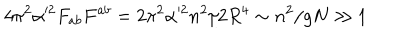
4 \pi ^ { 2 } \alpha ^ { 2 } F _ { a b } F ^ { a b } = 2 \pi ^ { 2 } \alpha ^ { 2 } n ^ { 2 } / 2 R ^ { 4 } \sim n ^ { 2 } / g N \gg 1